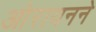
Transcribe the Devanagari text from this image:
ओरायनने